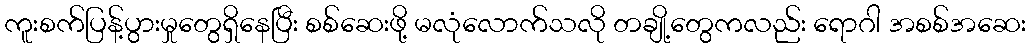
ကူးစက်ပြန့်ပွားမှုတွေရှိနေပြီး စစ်ဆေးဖို့ မလုံလောက်သလို တချို့တွေကလည်း ရောဂါ အစစ်အဆေး